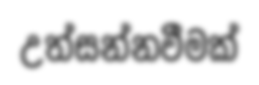
උත්සන්නවීමක්